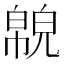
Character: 𢅉